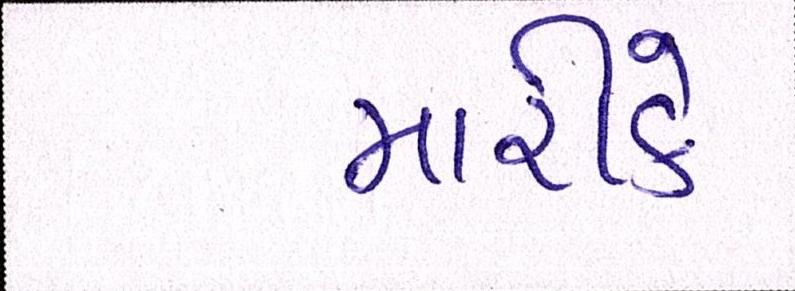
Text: મારીકે